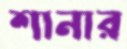
শানার